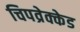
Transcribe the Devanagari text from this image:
चिपव्रेक्केड